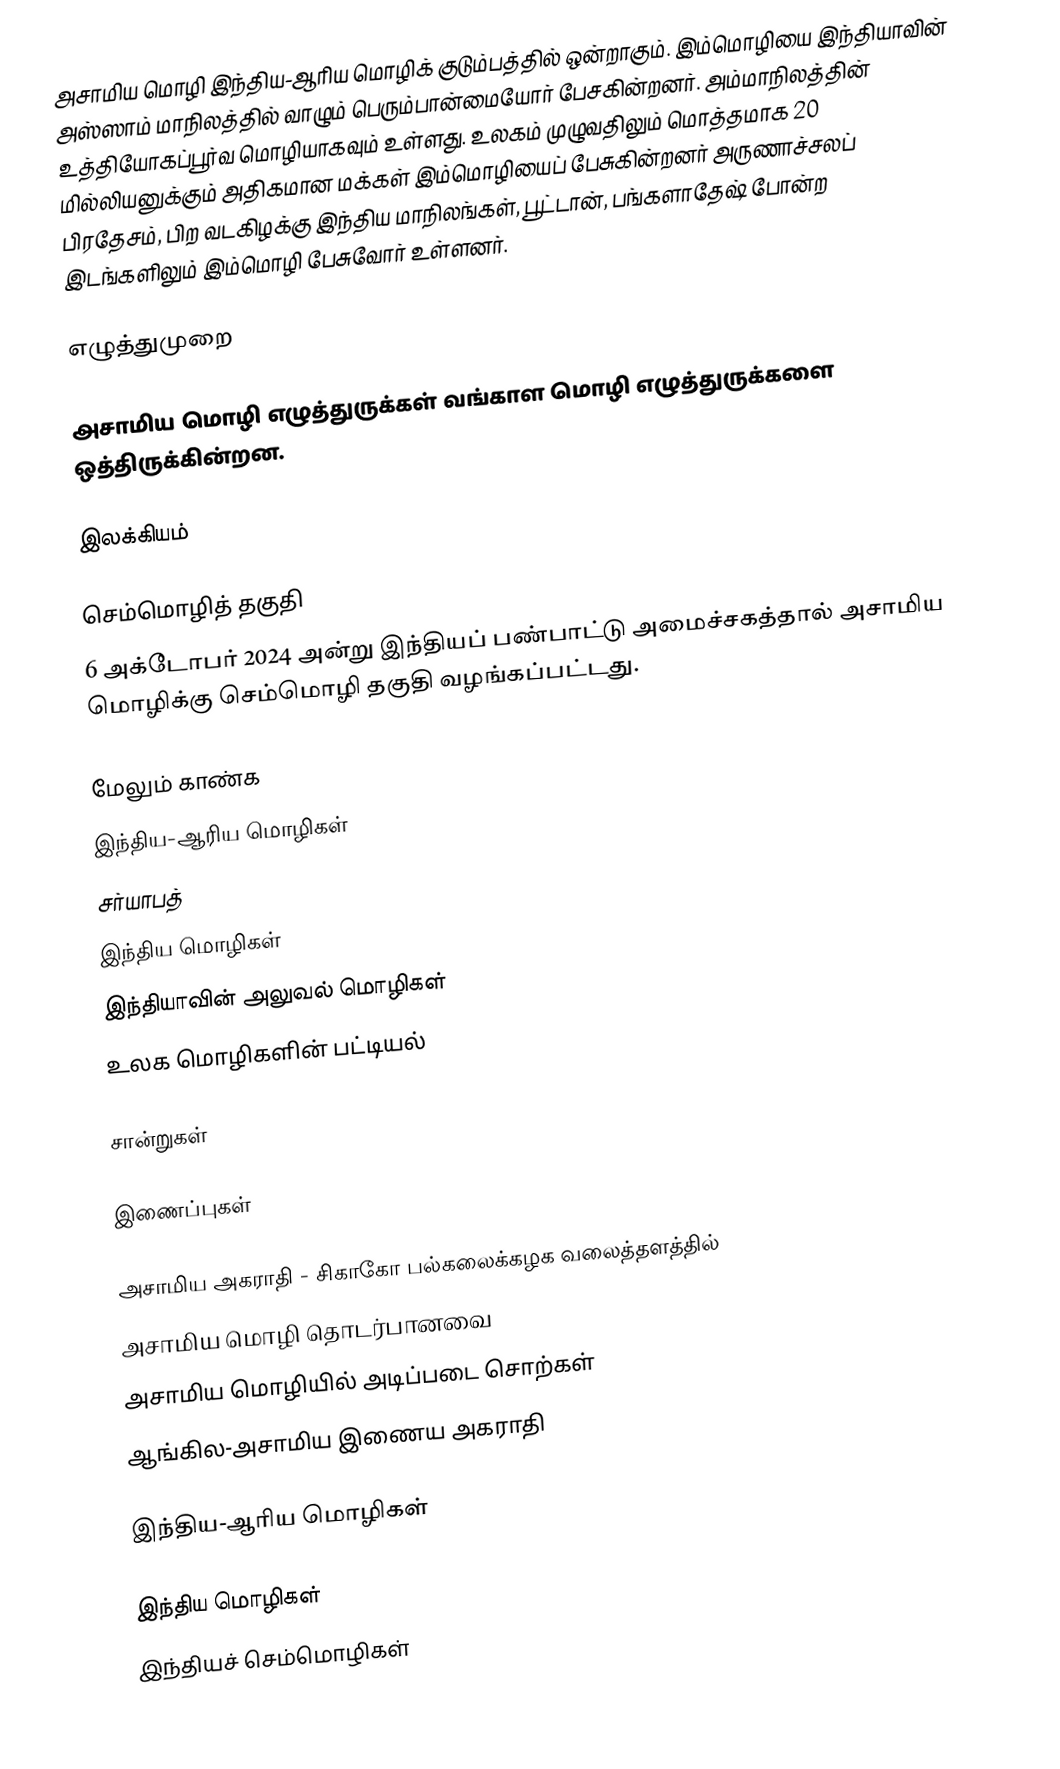
அசாமிய மொழி இந்திய-ஆரிய மொழிக் குடும்பத்தில் ஒன்றாகும். இம்மொழியை இந்தியாவின் அஸ்ஸாம் மாநிலத்தில் வாழும் பெரும்பான்மையோர் பேசகின்றனர். அம்மாநிலத்தின் உத்தியோகப்பூர்வ மொழியாகவும் உள்ளது. உலகம் முழுவதிலும் மொத்தமாக 20 மில்லியனுக்கும் அதிகமான மக்கள் இம்மொழியைப் பேசுகின்றனர் அருணாச்சலப் பிரதேசம், பிற வடகிழக்கு இந்திய மாநிலங்கள், பூட்டான், பங்களாதேஷ் போன்ற இடங்களிலும் இம்மொழி பேசுவோர் உள்ளனர்.

எழுத்துமுறை

அசாமிய மொழி எழுத்துருக்கள் வங்காள மொழி எழுத்துருக்களை ஒத்திருக்கின்றன.

இலக்கியம்

செம்மொழித் தகுதி
6 அக்டோபர் 2024 அன்று  இந்தியப் பண்பாட்டு அமைச்சகத்தால் அசாமிய மொழிக்கு செம்மொழி தகுதி வழங்கப்பட்டது.

மேலும் காண்க
 இந்திய-ஆரிய மொழிகள்
 சர்யாபத்
 இந்திய மொழிகள்
 இந்தியாவின் அலுவல் மொழிகள்
 உலக மொழிகளின் பட்டியல்

சான்றுகள்

இணைப்புகள்

 அசாமிய அகராதி - சிகாகோ பல்கலைக்கழக வலைத்தளத்தில்
  அசாமிய மொழி தொடர்பானவை
 அசாமிய மொழியில் அடிப்படை சொற்கள்
ஆங்கில-அசாமிய இணைய அகராதி

இந்திய-ஆரிய மொழிகள்

இந்திய மொழிகள்
இந்தியச் செம்மொழிகள்